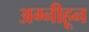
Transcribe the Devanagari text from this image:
अग्नीहून